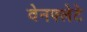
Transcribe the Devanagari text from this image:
वेनफ्लेटे